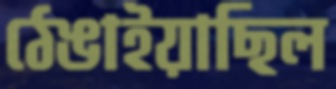
ঠেঙাইয়াছিল